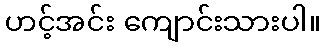
ဟင့်အင်း ကျောင်းသားပါ။